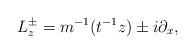
LaTeX: \begin{align*}L_z^\pm = m^{-1}(t^{-1}z) \pm i\partial_x,\end{align*}